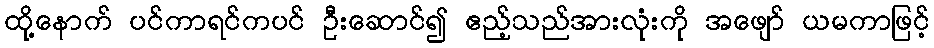
ထို့နောက် ပင်ကာရင်ကပင် ဦးဆောင်၍ ဧည့်သည်အားလုံးကို အဖျော် ယမကာဖြင့်